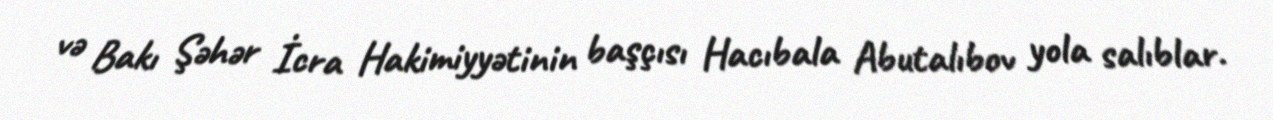
və Bakı Şəhər İcra Hakimiyyətinin başçısı Hacıbala Abutalıbov yola salıblar.